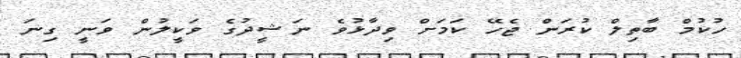
ހުކުމް ބާތިލް ކުރަން ޖެހޭ ކަމަށް ވިދާޅުވެ ނަޝީދުގެ ވަކީލުން ވަނީ ގިނަ